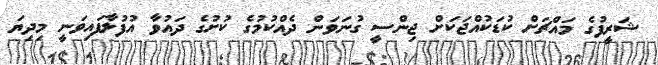
ޝަރީފުގެ މައްޗަށް ކުޑަކުއްޖަކަށް ޖިންސީ ގުނަވަން ދެއްކުމުގެ ކުށުގެ ދައުވާ އުފުލާފައިވަނީ މިދިޔަ